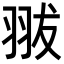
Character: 𦐗